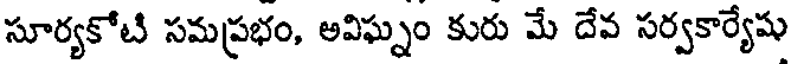
సూర్యకోటి సమప్రభం, అవిఘ్నం కురు మే దేవ సర్వకార్యేషు